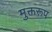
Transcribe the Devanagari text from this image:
मुक्तरूप